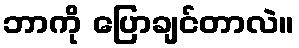
ဘာကို ပြောချင်တာလဲ။